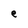
Character: e